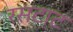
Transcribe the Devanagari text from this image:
रसटाट